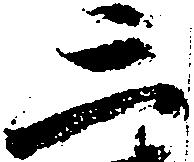
三